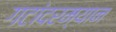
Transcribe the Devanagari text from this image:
गटांदरम्यान